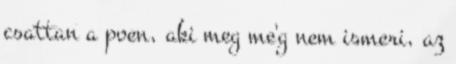
csattan a poen, aki meg me'g nem ismeri, az